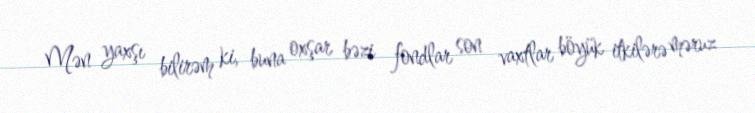
Mən yaxşı bilirəm ki, buna oxşar bəzi fondlar son vaxtlar böyük itkilərə məruz